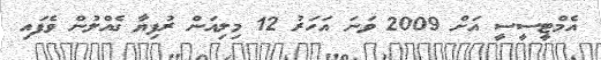
އެމްޓީސީސީ އަށް 2009 ވަނަ އަހަރު 12 މިލިއަން ރުފިޔާ ގެއްލުން ވެފައި